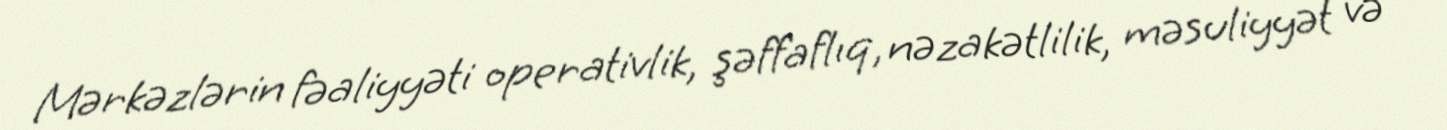
Mərkəzlərin fəaliyyəti operativlik, şəffaflıq, nəzakətlilik, məsuliyyət və